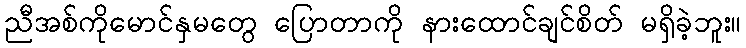
ညီအစ်ကိုမောင်နှမတွေ ပြောတာကို နားထောင်ချင်စိတ် မရှိခဲ့ဘူး။